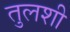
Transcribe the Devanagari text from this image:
तुलशी